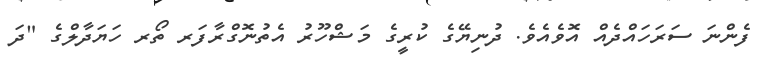
ފެންނަ ސަރަހައްދެއް އޮވެއެވެ. ދުނިޔޭގެ ކުރީގެ މަޝްހޫރު އެތުނޮގްރާފަރ ތޯރ ހަޔަދާލްގެ "ދަ